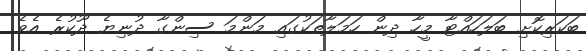
ބަކަރިކޮށި ބަލަހައްޓާ މީހާ ދިން ހަމަލާތަކުގައި މަންމަ ސިންގާ ދުނިޔެ ދޫކުރެ އެވެ.